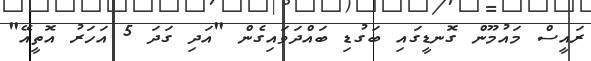
ރައީސް މައުމޫން ގޮނޑީގައި ބަގުޑި ބައްދަވައިގެން "އަދި ގަދަ 5 އަހަރު އޮތީއޭ"